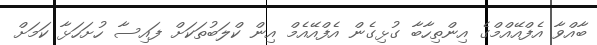
ބާއްވާ އެފްއޭއްމްގެ އިންތިހާބާ ގުޅިގެން އެފްއޭއެމް އިން ކްލަބުތަކަށް ފައިސާ ހުށަހަޅާ ކަމަށް